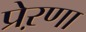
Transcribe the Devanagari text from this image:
प्रेऱणा